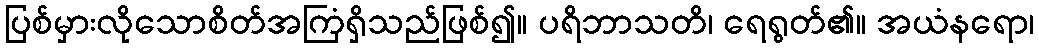
ပြစ်မှားလိုသောစိတ်အကြံရှိသည်ဖြစ်၍။ ပရိဘာသတိ၊ ရေရွတ်၏။ အယံနရော၊